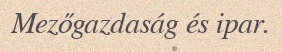
Mezőgazdaság és ipar.